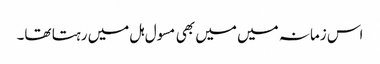
اس زمانہ میں میں بھی مسول ہل میں رہتا تھا۔